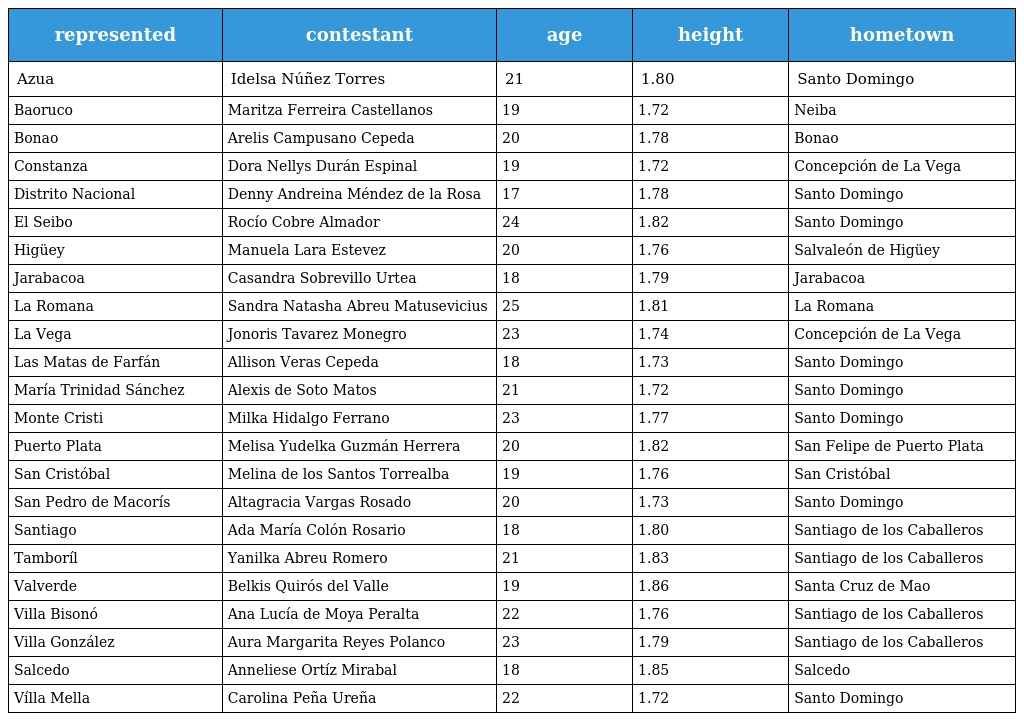
| represented | contestant | age | height | hometown |
 | --- | --- | --- | --- | --- |
 | Azua | Idelsa Núñez Torres | 21 | 1.80 | Santo Domingo |
 | Baoruco | Maritza Ferreira Castellanos | 19 | 1.72 | Neiba |
 | Bonao | Arelis Campusano Cepeda | 20 | 1.78 | Bonao |
 | Constanza | Dora Nellys Durán Espinal | 19 | 1.72 | Concepción de La Vega |
 | Distrito Nacional | Denny Andreina Méndez de la Rosa | 17 | 1.78 | Santo Domingo |
 | El Seibo | Rocío Cobre Almador | 24 | 1.82 | Santo Domingo |
 | Higüey | Manuela Lara Estevez | 20 | 1.76 | Salvaleón de Higüey |
 | Jarabacoa | Casandra Sobrevillo Urtea | 18 | 1.79 | Jarabacoa |
 | La Romana | Sandra Natasha Abreu Matusevicius | 25 | 1.81 | La Romana |
 | La Vega | Jonoris Tavarez Monegro | 23 | 1.74 | Concepción de La Vega |
 | Las Matas de Farfán | Allison Veras Cepeda | 18 | 1.73 | Santo Domingo |
 | María Trinidad Sánchez | Alexis de Soto Matos | 21 | 1.72 | Santo Domingo |
 | Monte Cristi | Milka Hidalgo Ferrano | 23 | 1.77 | Santo Domingo |
 | Puerto Plata | Melisa Yudelka Guzmán Herrera | 20 | 1.82 | San Felipe de Puerto Plata |
 | San Cristóbal | Melina de los Santos Torrealba | 19 | 1.76 | San Cristóbal |
 | San Pedro de Macorís | Altagracia Vargas Rosado | 20 | 1.73 | Santo Domingo |
 | Santiago | Ada María Colón Rosario | 18 | 1.80 | Santiago de los Caballeros |
 | Tamboríl | Yanilka Abreu Romero | 21 | 1.83 | Santiago de los Caballeros |
 | Valverde | Belkis Quirós del Valle | 19 | 1.86 | Santa Cruz de Mao |
 | Villa Bisonó | Ana Lucía de Moya Peralta | 22 | 1.76 | Santiago de los Caballeros |
 | Villa González | Aura Margarita Reyes Polanco | 23 | 1.79 | Santiago de los Caballeros |
 | Salcedo | Anneliese Ortíz Mirabal | 18 | 1.85 | Salcedo |
 | Vílla Mella | Carolina Peña Ureña | 22 | 1.72 | Santo Domingo |